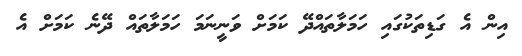
އިން އެ ގަޑިތަކުގައި ހަމަލާތައްދޭ ކަމަށް ވަނީނަމަ ހަމަލާތައް ދޭނެ ކަމަށް އެ